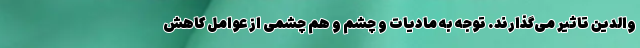
والدین تاثیر می‌گذارند. توجه به مادیات و چشم و هم چشمی از عوامل کاهش